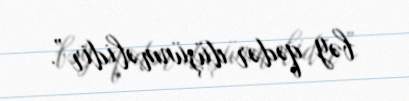
bəy qədər düşünməlidir”.